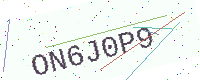
Text: ON6J0P9